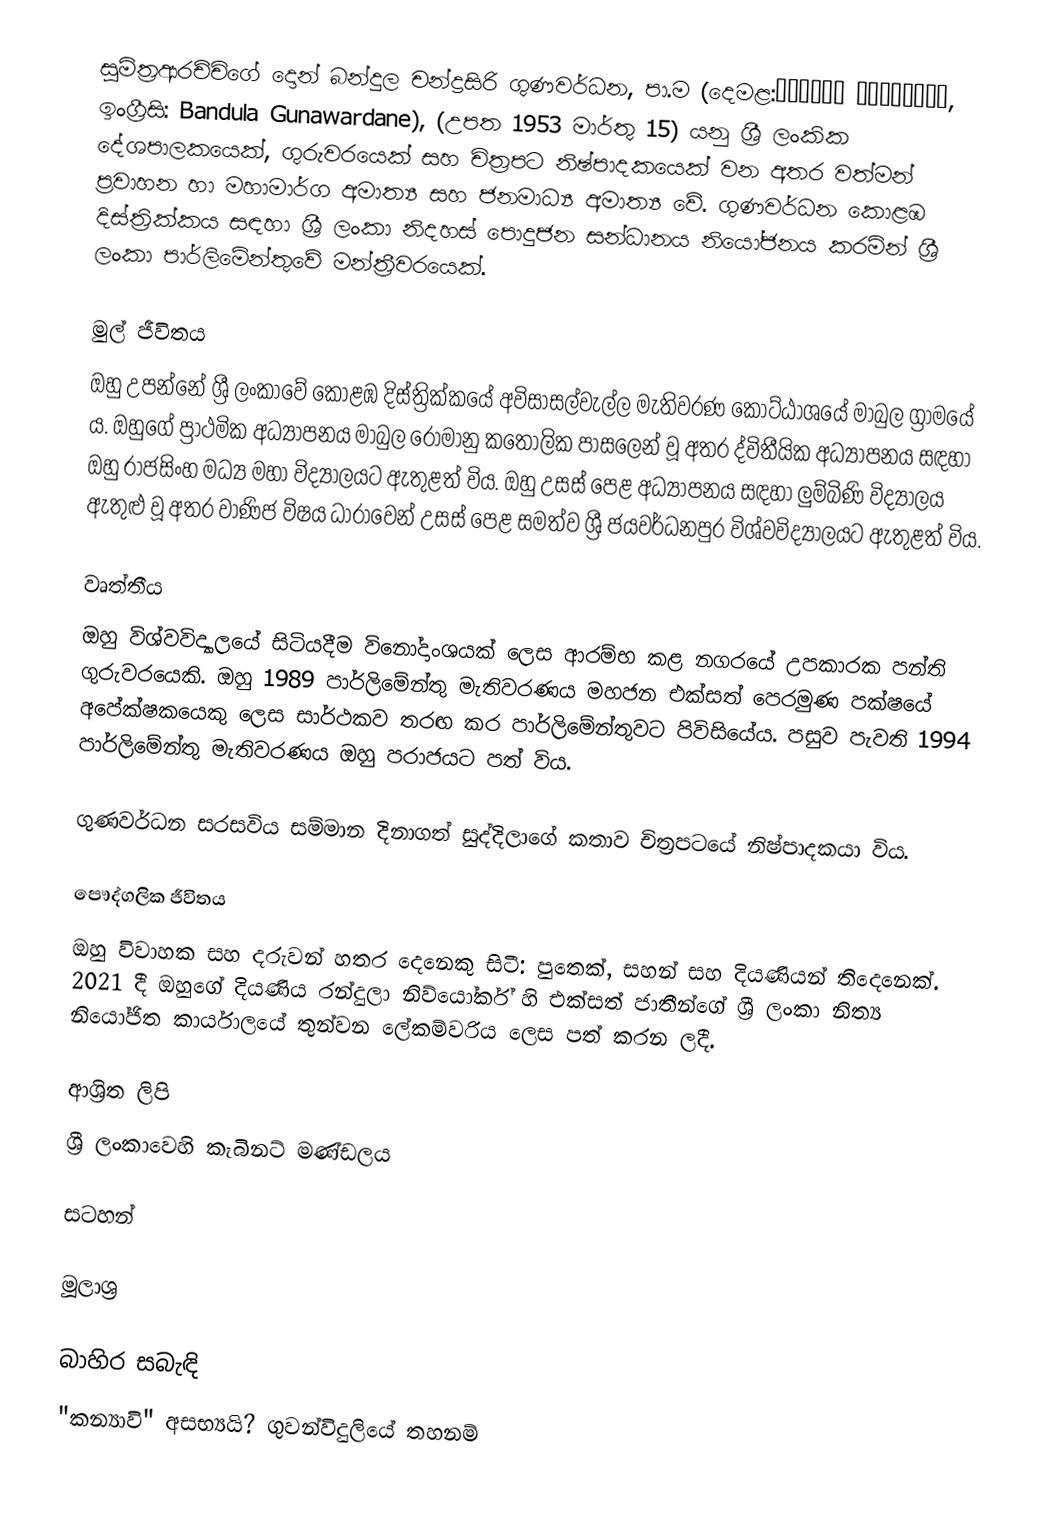
සුමිත‍්‍රආරච්චිගේ දොන් බන්දුල චන්ද්‍රසිරි ගුණවර්ධන, පා.ම (දෙමළ:பந்துல குணவர்தன, ඉංග්‍රීසි: Bandula Gunawardane), (උපත 1953 මාර්තු 15) යනු ශ්‍රී ලංකික දේශපාලකයෙක්, ගුරුවරයෙක් සහ චිත්‍රපට නිෂ්පාදකයෙක් වන අතර වත්මන් ප්‍රවාහන හා මහාමාර්ග අමාත්‍ය සහ ජනමාධ්‍ය අමාත්‍ය වේ. ගුණවර්ධන කොළඹ දිස්ත්‍රික්කය සඳහා ශ්‍රී ලංකා නිදහස් පොදුජන සන්ධානය නියෝජනය කරමින් ශ්‍රී ලංකා පාර්ලිමේන්තුවේ මන්ත්‍රීවරයෙක්.

මුල් ජීවිතය
ඔහු උපන්නේ ශ්‍රී ලංකාවේ කොළඹ දිස්ත්‍රික්කයේ අවිසාසල්වැල්ල මැතිවරණ කොට්ඨාශයේ මාබුල ග්‍රාමයේ ය. ඔහුගේ ප්‍රාථමික අධ්‍යාපනය මාබුල රෝමානු කතෝලික පාසලෙන් වූ අතර ද්විතීයික අධ්‍යාපනය සඳහා ඔහු රාජසිංහ මධ්‍ය මහා විද්‍යාලයට ඇතුළත් විය. ඔහු උසස් පෙළ අධ්‍යාපනය සඳහා ලුම්බිණි විද්‍යාලය ඇතුළු වූ අතර වාණිජ විෂය ධාරාවෙන් උසස් පෙළ සමත්ව ශ්‍රී ජයවර්ධනපුර විශ්වවිද්‍යාලයට ඇතුළත් විය.

වෘත්තීය
ඔහු විශ්වවිද්‍යාලයේ සිටියදීම විනෝදාංශයක් ලෙස ආරම්භ කළ නගරයේ උපකාරක පන්ති ගුරුවරයෙකි. ඔහු 1989 පාර්ලිමේන්තු මැතිවරණය මහජන එක්සත් පෙරමුණ‍  පක්ෂයේ අපේක්ෂකයෙකු ලෙස සාර්ථකව තරඟ කර පාර්ලිමේන්තුවට පිවිසියේය. පසුව පැවති 1994 පාර්ලිමේන්තු මැතිවරණය ඔහු පරාජයට පත් විය.

ගුණවර්ධන සරසවිය සම්මාන දිනාගත් සුද්දිලාගේ කතාව චිත්‍රපටයේ නිෂ්පාදකයා විය.

පෞද්ගලික ජීවිතය
ඔහු විවාහක සහ දරුවන් හතර දෙනෙකු සිටී: පුතෙක්, සහන් සහ දියණියන් තිදෙනෙක්. 2021 දී ඔහුගේ දියණිය රන්දුලා නිව්යෝර්ක් හි එක්සත් ජාතීන්ගේ ශ්‍රී ලංකා නිත්‍ය නියෝජිත කාර්යාලයේ තුන්වන ලේකම්වරිය ලෙස පත් කරන ලදී.

ආශ්‍රිත ලිපි
 ශ්‍රී ලංකාවෙහි කැබිනට් මණ්ඩලය

සටහන්

මූලාශ්‍ර

බාහිර සබැඳි
 "කන්‍යාවි" අසභ්‍යයි? ගුවන්විදුලියේ තහනම්